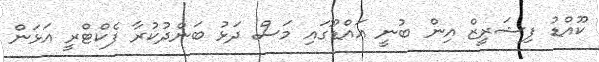
ކޫއްޑު ފިޝަރީޒް އިން ބުނީ އައްޑޫގައި މަސް ދަޅު ބަންދުކުރާ ފެކްޓްރީ އަޅަން